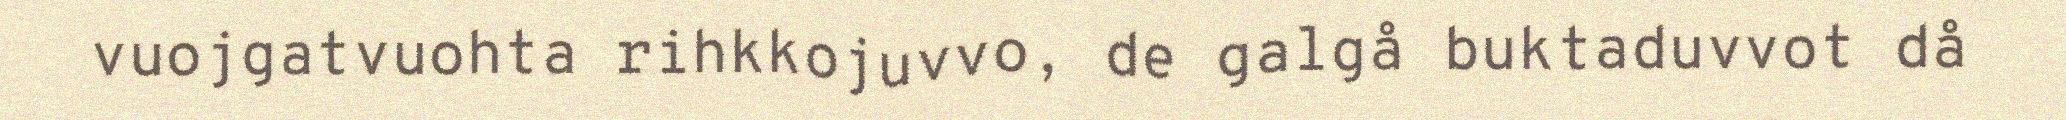
vuojgatvuohta rihkkojuvvo, de galgå buktaduvvot då